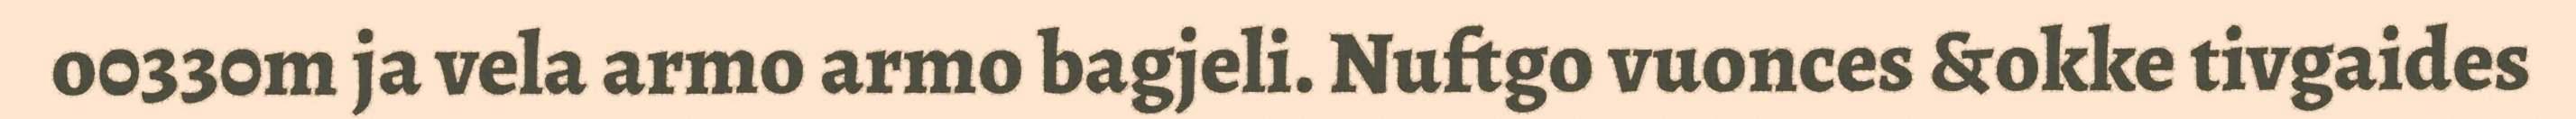
o0330m ja vela armo armo bagjeli. Nuftgo vuonces &okke tivgaides